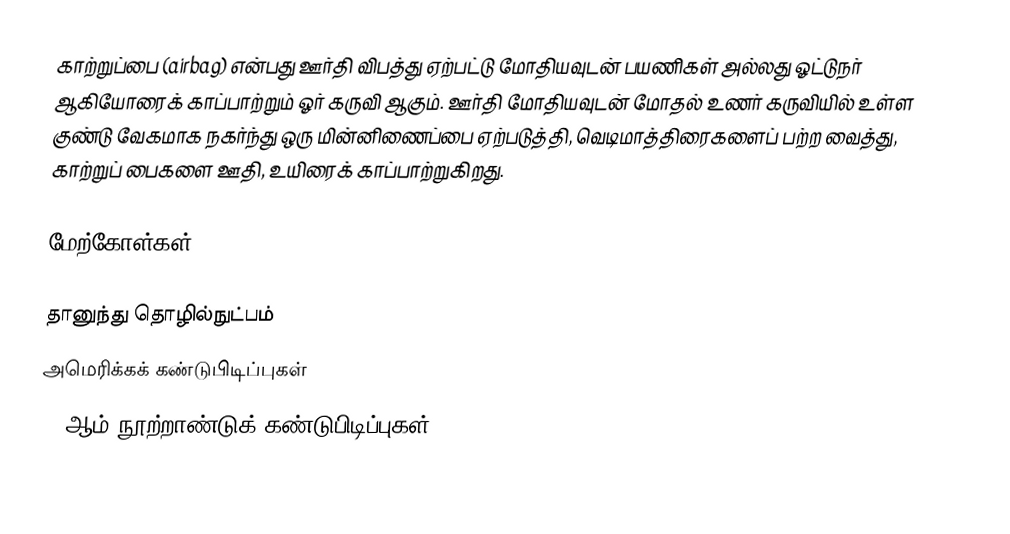
காற்றுப்பை (airbag) என்பது ஊர்தி விபத்து ஏற்பட்டு மோதியவுடன் பயணிகள் அல்லது ஓட்டுநர் ஆகியோரைக் காப்பாற்றும் ஓர் கருவி ஆகும். ஊர்தி மோதியவுடன் மோதல் உணர் கருவியில் உள்ள குண்டு வேகமாக நகர்ந்து ஒரு மின்னிணைப்பை ஏற்படுத்தி, வெடிமாத்திரைகளைப் பற்ற வைத்து, காற்றுப் பைகளை ஊதி, உயிரைக் காப்பாற்றுகிறது.

மேற்கோள்கள்

தானுந்து தொழில்நுட்பம்
அமெரிக்கக் கண்டுபிடிப்புகள்
20-ஆம் நூற்றாண்டுக் கண்டுபிடிப்புகள்